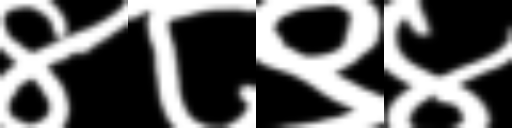
Text: ४८९४